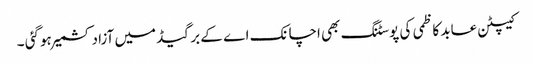
کیپٹن عابد کاظمی کی پوسٹنگ بھی اچانک اے کے برگیڈ میں آزاد کشمیر ہوگئی ۔